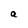
Character: a